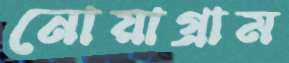
নোয়াগ্রাম